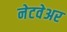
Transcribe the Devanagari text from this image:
नेटवेअर